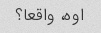
اوه، واقعا؟